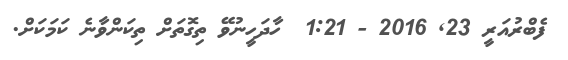
ފެބްރުއަރީ 23